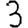
Digit: 3